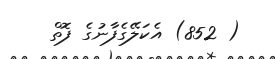
( 852) އެކަލޭގެފާނުގެ ފޮތް